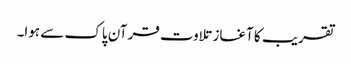
تقریب کا آغاز تلاوت قرآن پاک سے ہوا۔